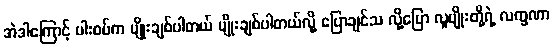
အဲဒါကြောင့် ပါးစပ်က မျိုးချစ်ပါတယ် မျိုးချစ်ပါတယ်လို့ ပြောချင်သ လို့ပြော လူမျိုးတို့ရဲ့ လက္ခဏာ